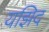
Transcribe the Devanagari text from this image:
यझिद